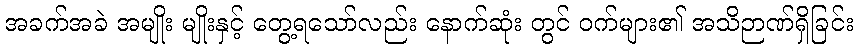
အခက်အခဲ အမျိုး မျိုးနှင့် တွေ့ရသော်လည်း နောက်ဆုံး တွင် ဝက်များ၏ အသိဉာဏ်ရှိခြင်း